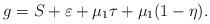
LaTeX: \begin{align*} g=S+\varepsilon+\mu_1 \tau+\mu_1(1-\eta).\end{align*}